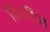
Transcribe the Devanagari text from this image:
विकषित